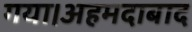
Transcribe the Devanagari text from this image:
गया।अहमदाबाद